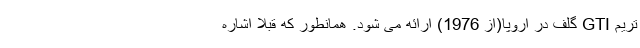
تریم GTI گلف در اروپا(از 1976) ارائه می شود. همانطور که قبلا اشاره